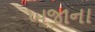
ખજાના